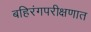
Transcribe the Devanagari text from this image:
बहिरंगपरीक्षणात